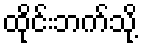
ထိုင်းဘက်သို့